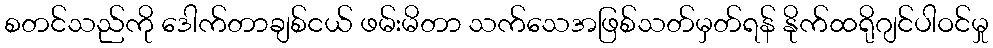
စတင်သည်ကို ဒေါက်တာချစ်ငယ် ဖမ်းမိတာ သက်သေအဖြစ်သတ်မှတ်ရန် နိုက်ထရိုဂျင်ပါဝင်မှု